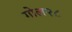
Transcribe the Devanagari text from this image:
गोल२८